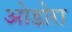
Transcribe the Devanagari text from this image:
ओडोरा